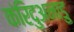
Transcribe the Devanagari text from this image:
कंरिदुअनाडु